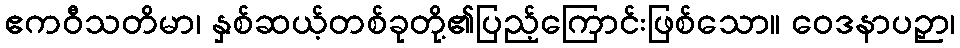
ဧကဝီသတိမာ၊ နှစ်ဆယ့်တစ်ခုတို့၏ပြည့်ကြောင်းဖြစ်သော။ ဝေဒနာပဉှာ၊